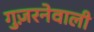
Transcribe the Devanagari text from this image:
गुज़रनेवाली